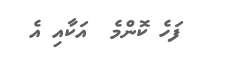
ފަހެ ކޮންމެ  އަކާއި އެ